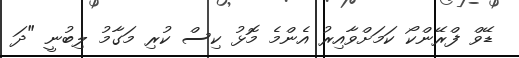
ޑޭވް ފްރޭންކޯ ކަމަށްވާއިރު އެންމެ މޮޅު ކިސް ކުރި މަގާމު ލިބުނީ "ދަ